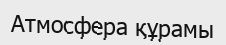
Атмосфера құрамы